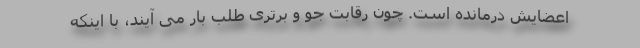
اعضایش درمانده است. چون رقابت جو و برتری طلب بار می آیند، با اینکه